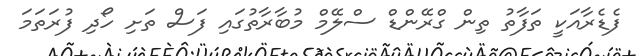
ފެޑެރާއަކީ ތަފާތު ތިން ގްރޭންޑް ސްލޭމް މުބާރާތުގައި ފަސް ތަށި ހޯދި ފުރަތަމަ